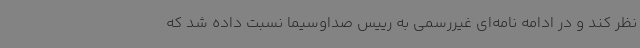
نظر کند و در ادامه نامه‌ای غیررسمی به رییس صداوسیما نسبت داده شد که